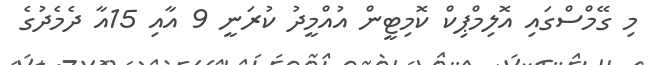
މި ގޭމްސްގައި އޮލިމްޕިކް ކޮމިޓީން އުއްމީދު ކުރަނީ 9 އާއި 15އާ ދެމެދުގެ